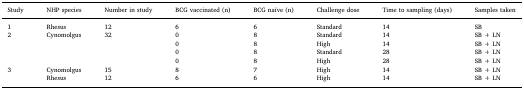
<table><thead><tr><td><b>Study</b></td><td><b>NHP species</b></td><td><b>Number in study</b></td><td><b>BCG vaccinated (n)</b></td><td><b>BCG naïve (n)</b></td><td><b>Challenge dose</b></td><td><b>Time to sampling (days)</b></td><td><b>Samples taken</b></td></tr></thead><tbody><tr><td>1</td><td>Rhesus</td><td>12</td><td>6</td><td>6</td><td>Standard</td><td>14</td><td>SB</td></tr><tr><td rowspan="4">2</td><td rowspan="4">Cynomolgus</td><td rowspan="4">32</td><td>0</td><td>8</td><td>Standard</td><td>14</td><td>SB + LN</td></tr><tr><td>0</td><td>8</td><td>High</td><td>14</td><td>SB + LN</td></tr><tr><td>0</td><td>8</td><td>Standard</td><td>28</td><td>SB + LN</td></tr><tr><td>0</td><td>8</td><td>High</td><td>28</td><td>SB + LN</td></tr><tr><td rowspan="2">3</td><td>Cynomolgus</td><td>15</td><td>8</td><td>7</td><td>High</td><td>14</td><td>SB + LN</td></tr><tr><td>Rhesus</td><td>12</td><td>6</td><td>6</td><td>High</td><td>14</td><td>SB + LN</td></tr></tbody></table>